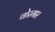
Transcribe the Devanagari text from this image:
चोरमार